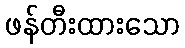
ဖန်တီးထားသော